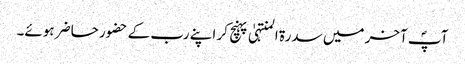
آپؐ آخر میں سدرۃ المنتہیٰ پہنچ کر اپنے رب کے حضور حاضر ہوئے۔